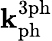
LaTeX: \mathbf{k}_{\mathrm{{ph}}}^{\mathrm{{3ph}}}